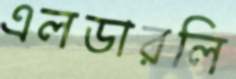
এলডারলি